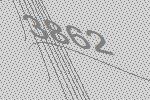
3862